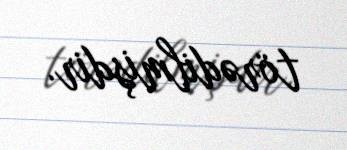
törədilmişdir.